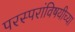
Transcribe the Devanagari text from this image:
परस्परांविषयीच्या